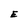
Character: E